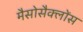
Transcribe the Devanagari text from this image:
मैसोसैक्लोंस